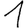
Digit: 1